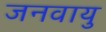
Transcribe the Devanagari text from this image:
जनवायु